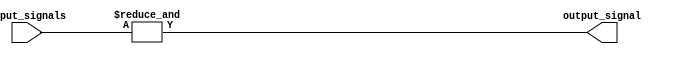
module EightInputANDGate (
    input [7:0] input_signals,
    output output_signal
);

assign output_signal = &input_signals;

endmodule